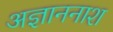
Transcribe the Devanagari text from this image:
अज्ञाननाश